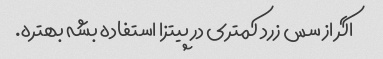
اگر از سس زرد کمتری در پیتزا استفاده بشه بهتره.